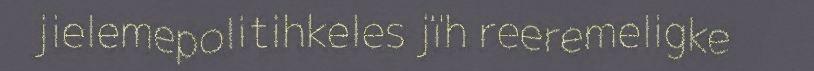
jielemepolitihkeles jïh reeremeligke